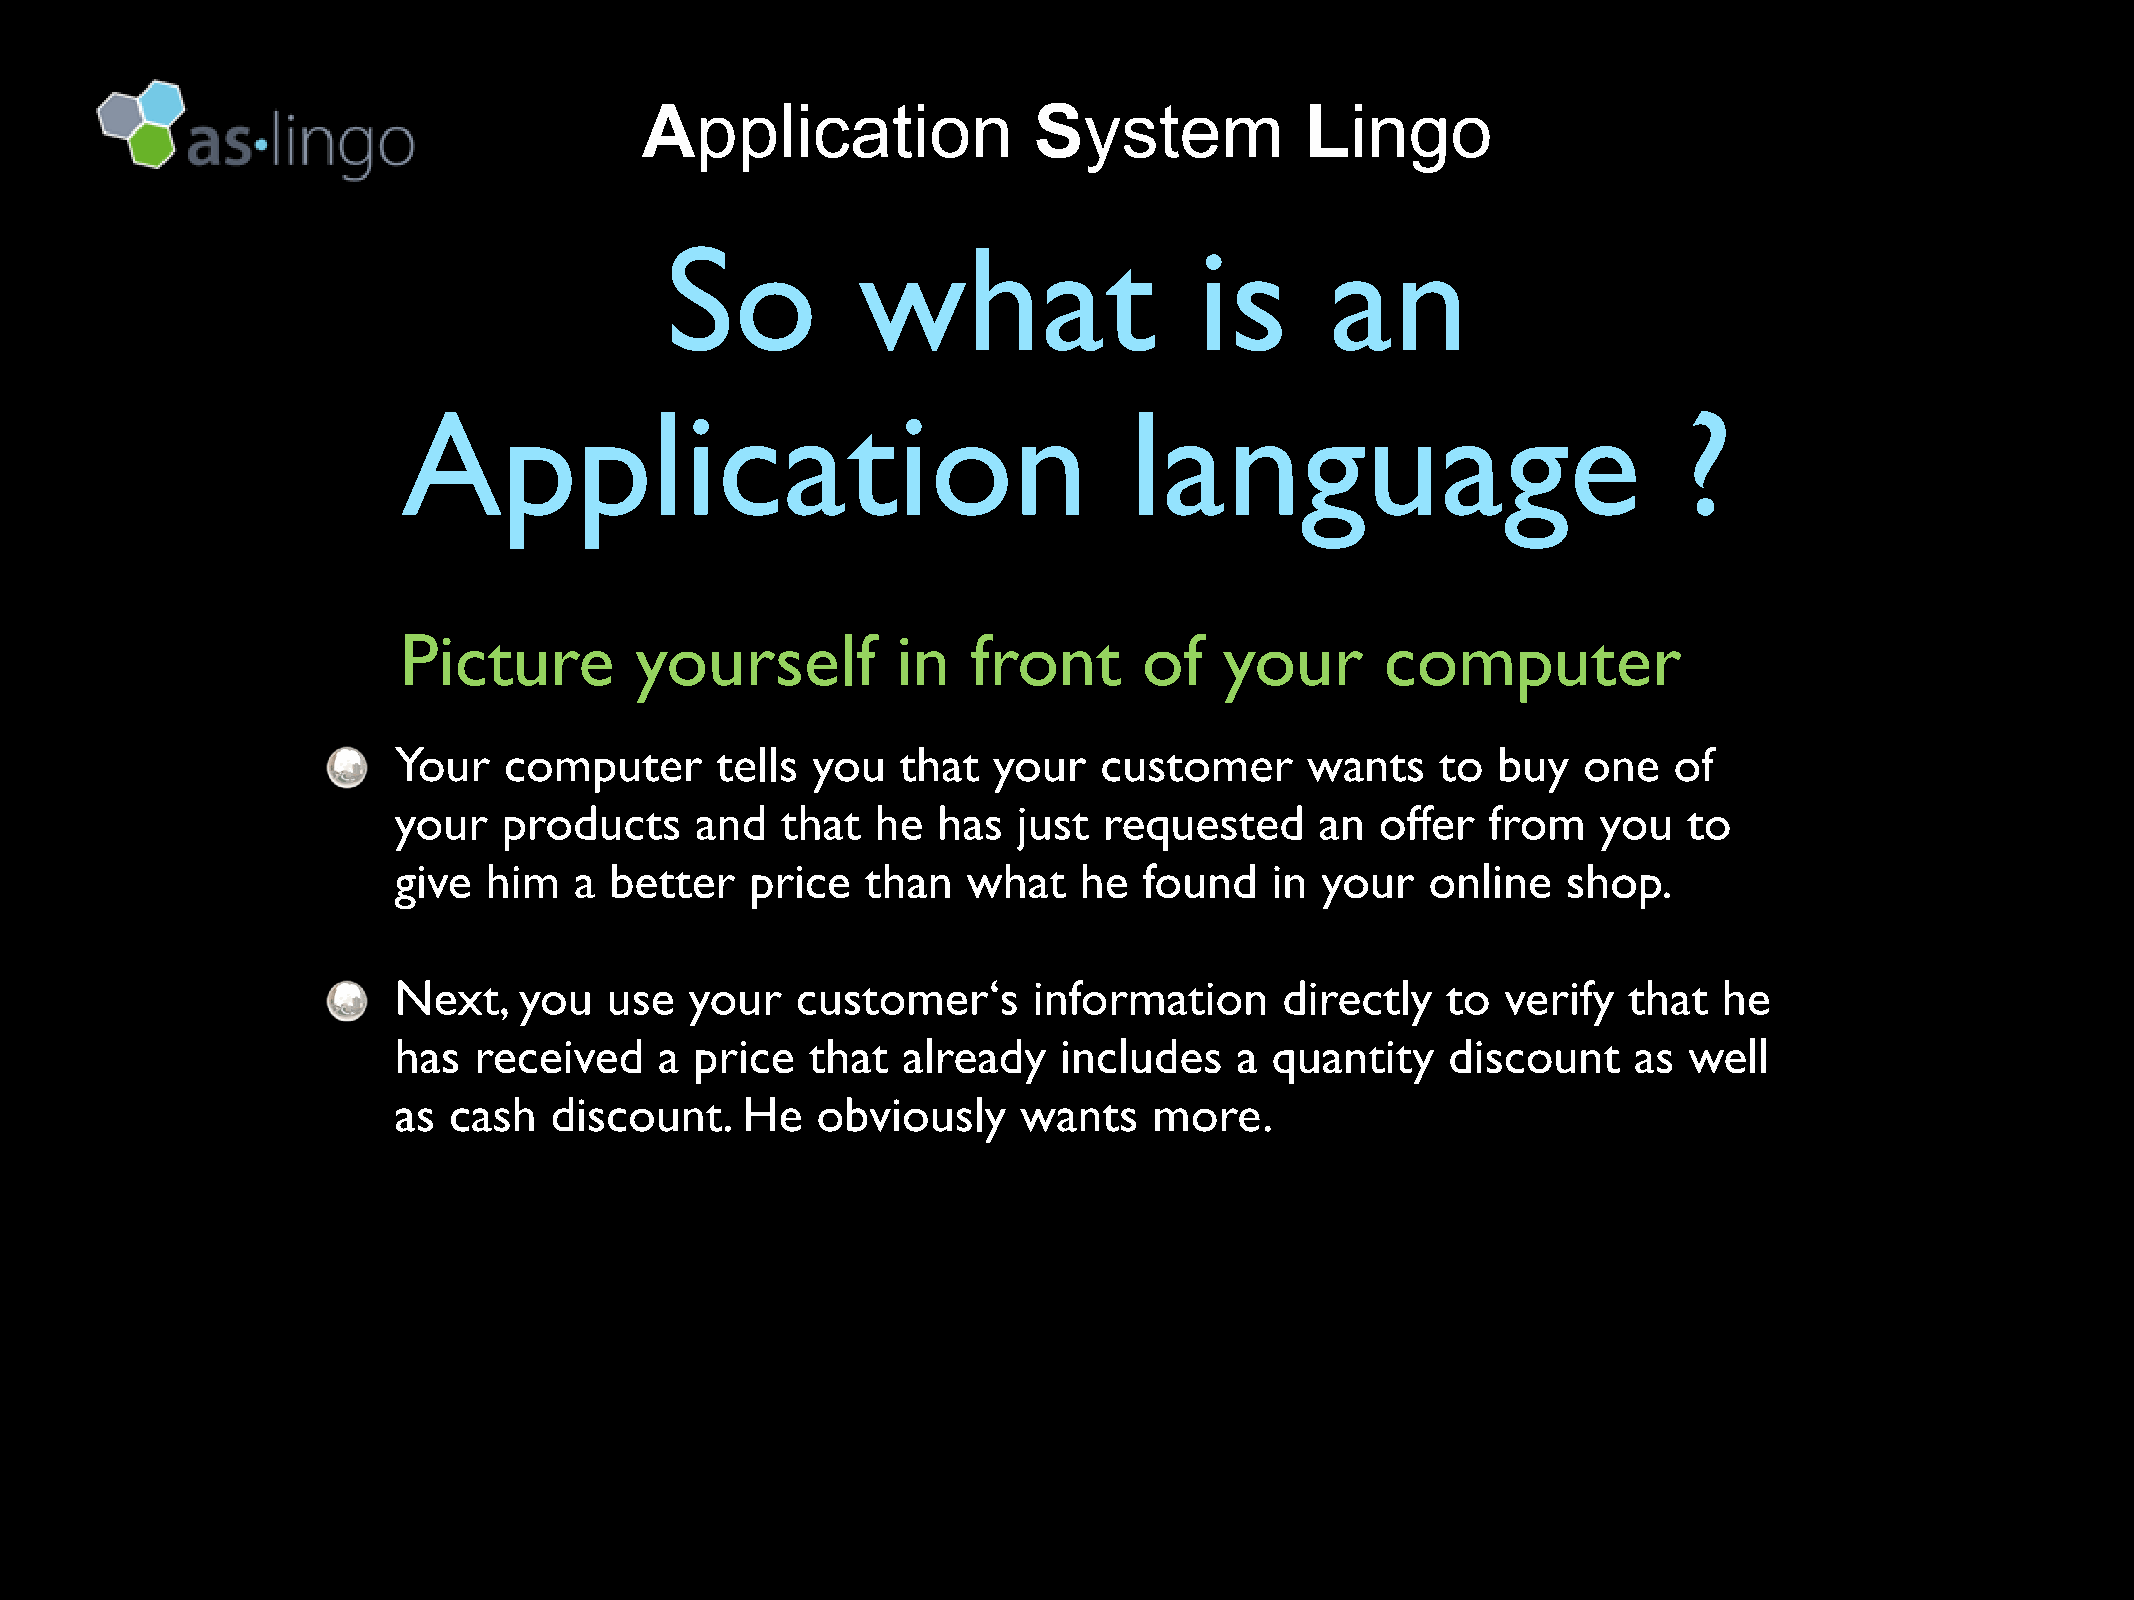
Application               System            Lingo
 So           what                  is       an
 Application                                     language                            ?
 Picture         yourself         in   front       of   your       computer
 Your   computer      tells  you   that  your   customer      wants   to  buy   one   of
 your   products     and   that  he  has  just  requested     an  offer   from   you   to
 give  him   a better    price  than   what   he   found   in your    online   shop.
 Next,   you   use   your   customer‘s     information      directly   to  verify  that  he
 has  received     a price   that  already   includes    a quantity    discount    as  well
 as  cash  discount.    He   obviously     wants   more.